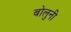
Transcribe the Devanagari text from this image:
बोलुनी